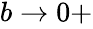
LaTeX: \begin{array}{r}{b\rightarrow 0+}\end{array}